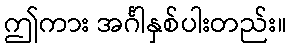
ဤကား အင်္ဂါနှစ်ပါးတည်း။